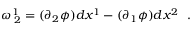
\omega _ { \: 2 } ^ { 1 } = ( \partial _ { 2 } \phi ) d x ^ { 1 } - ( \partial _ { 1 } \phi ) d x ^ { 2 } ~ ~ .